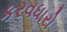
કરવધારો